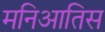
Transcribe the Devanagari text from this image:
मनिआतिस